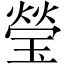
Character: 瑩